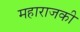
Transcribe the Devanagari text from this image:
महाराजकी